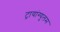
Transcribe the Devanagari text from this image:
ट्रायांग्युलम